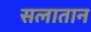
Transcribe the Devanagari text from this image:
सलातान